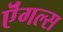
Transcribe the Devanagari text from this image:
ऎंगल्स